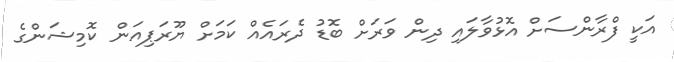
އަކީ ފްރާންސަށް އޮޅުވާލައި ދިން ވަރަށް ބޮޑު ދެރަައެއް ކަމަށް ޔޫރަޕިއަން ކޮމިޝަންގެ